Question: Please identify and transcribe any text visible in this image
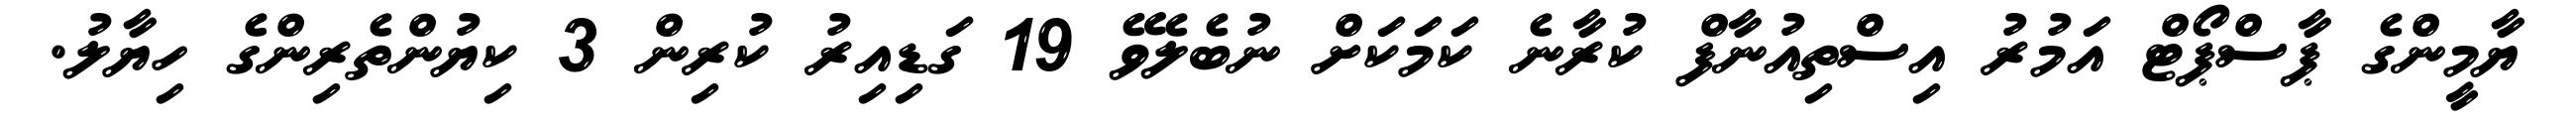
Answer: ޔާމީންގެ ޕާސްޕޯޓް އަމުރު އިސްތިއުނާފް ކުރާނެ ކަމަކަށް ނުބެލެވޭ 19 ގަޑިއިރު ކުރިން 3 ކިޔުންތެރިންގެ ހިޔާލު.